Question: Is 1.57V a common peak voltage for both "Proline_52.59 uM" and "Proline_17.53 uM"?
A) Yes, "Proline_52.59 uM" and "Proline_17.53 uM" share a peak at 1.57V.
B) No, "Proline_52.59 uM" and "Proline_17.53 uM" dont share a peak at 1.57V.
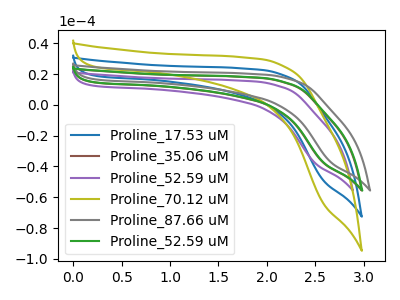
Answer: <think>The blue curve "Proline_17.53 uM" has no peaks. The brown curve "Proline_35.06 uM" has no peaks. The purple curve "Proline_52.59 uM" has no peaks. The olive curve "Proline_70.12 uM" has no peaks. The gray curve "Proline_87.66 uM" has no peaks. The green curve "Proline_52.59 uM" has no peaks.</think>
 <answer>B) No, "Proline_52.59 uM" and "Proline_17.53 uM" dont share a peak at 1.57V.</answer>
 <eval>B</eval>